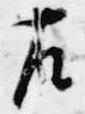
左